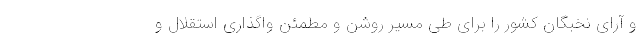
و آرای نخبگان کشور را برای طی مسیر روشن و مطمئن واگذاری استقلال و